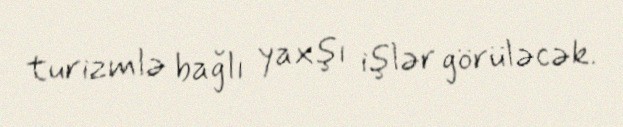
turizmlə bağlı yaxşı işlər görüləcək.